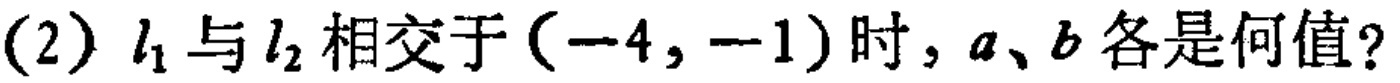
(2) \(l_{1}\) 与 \(l_{2}\) 相交于 \((-4,-1)\) 时，\(a、b\) 各是何值？